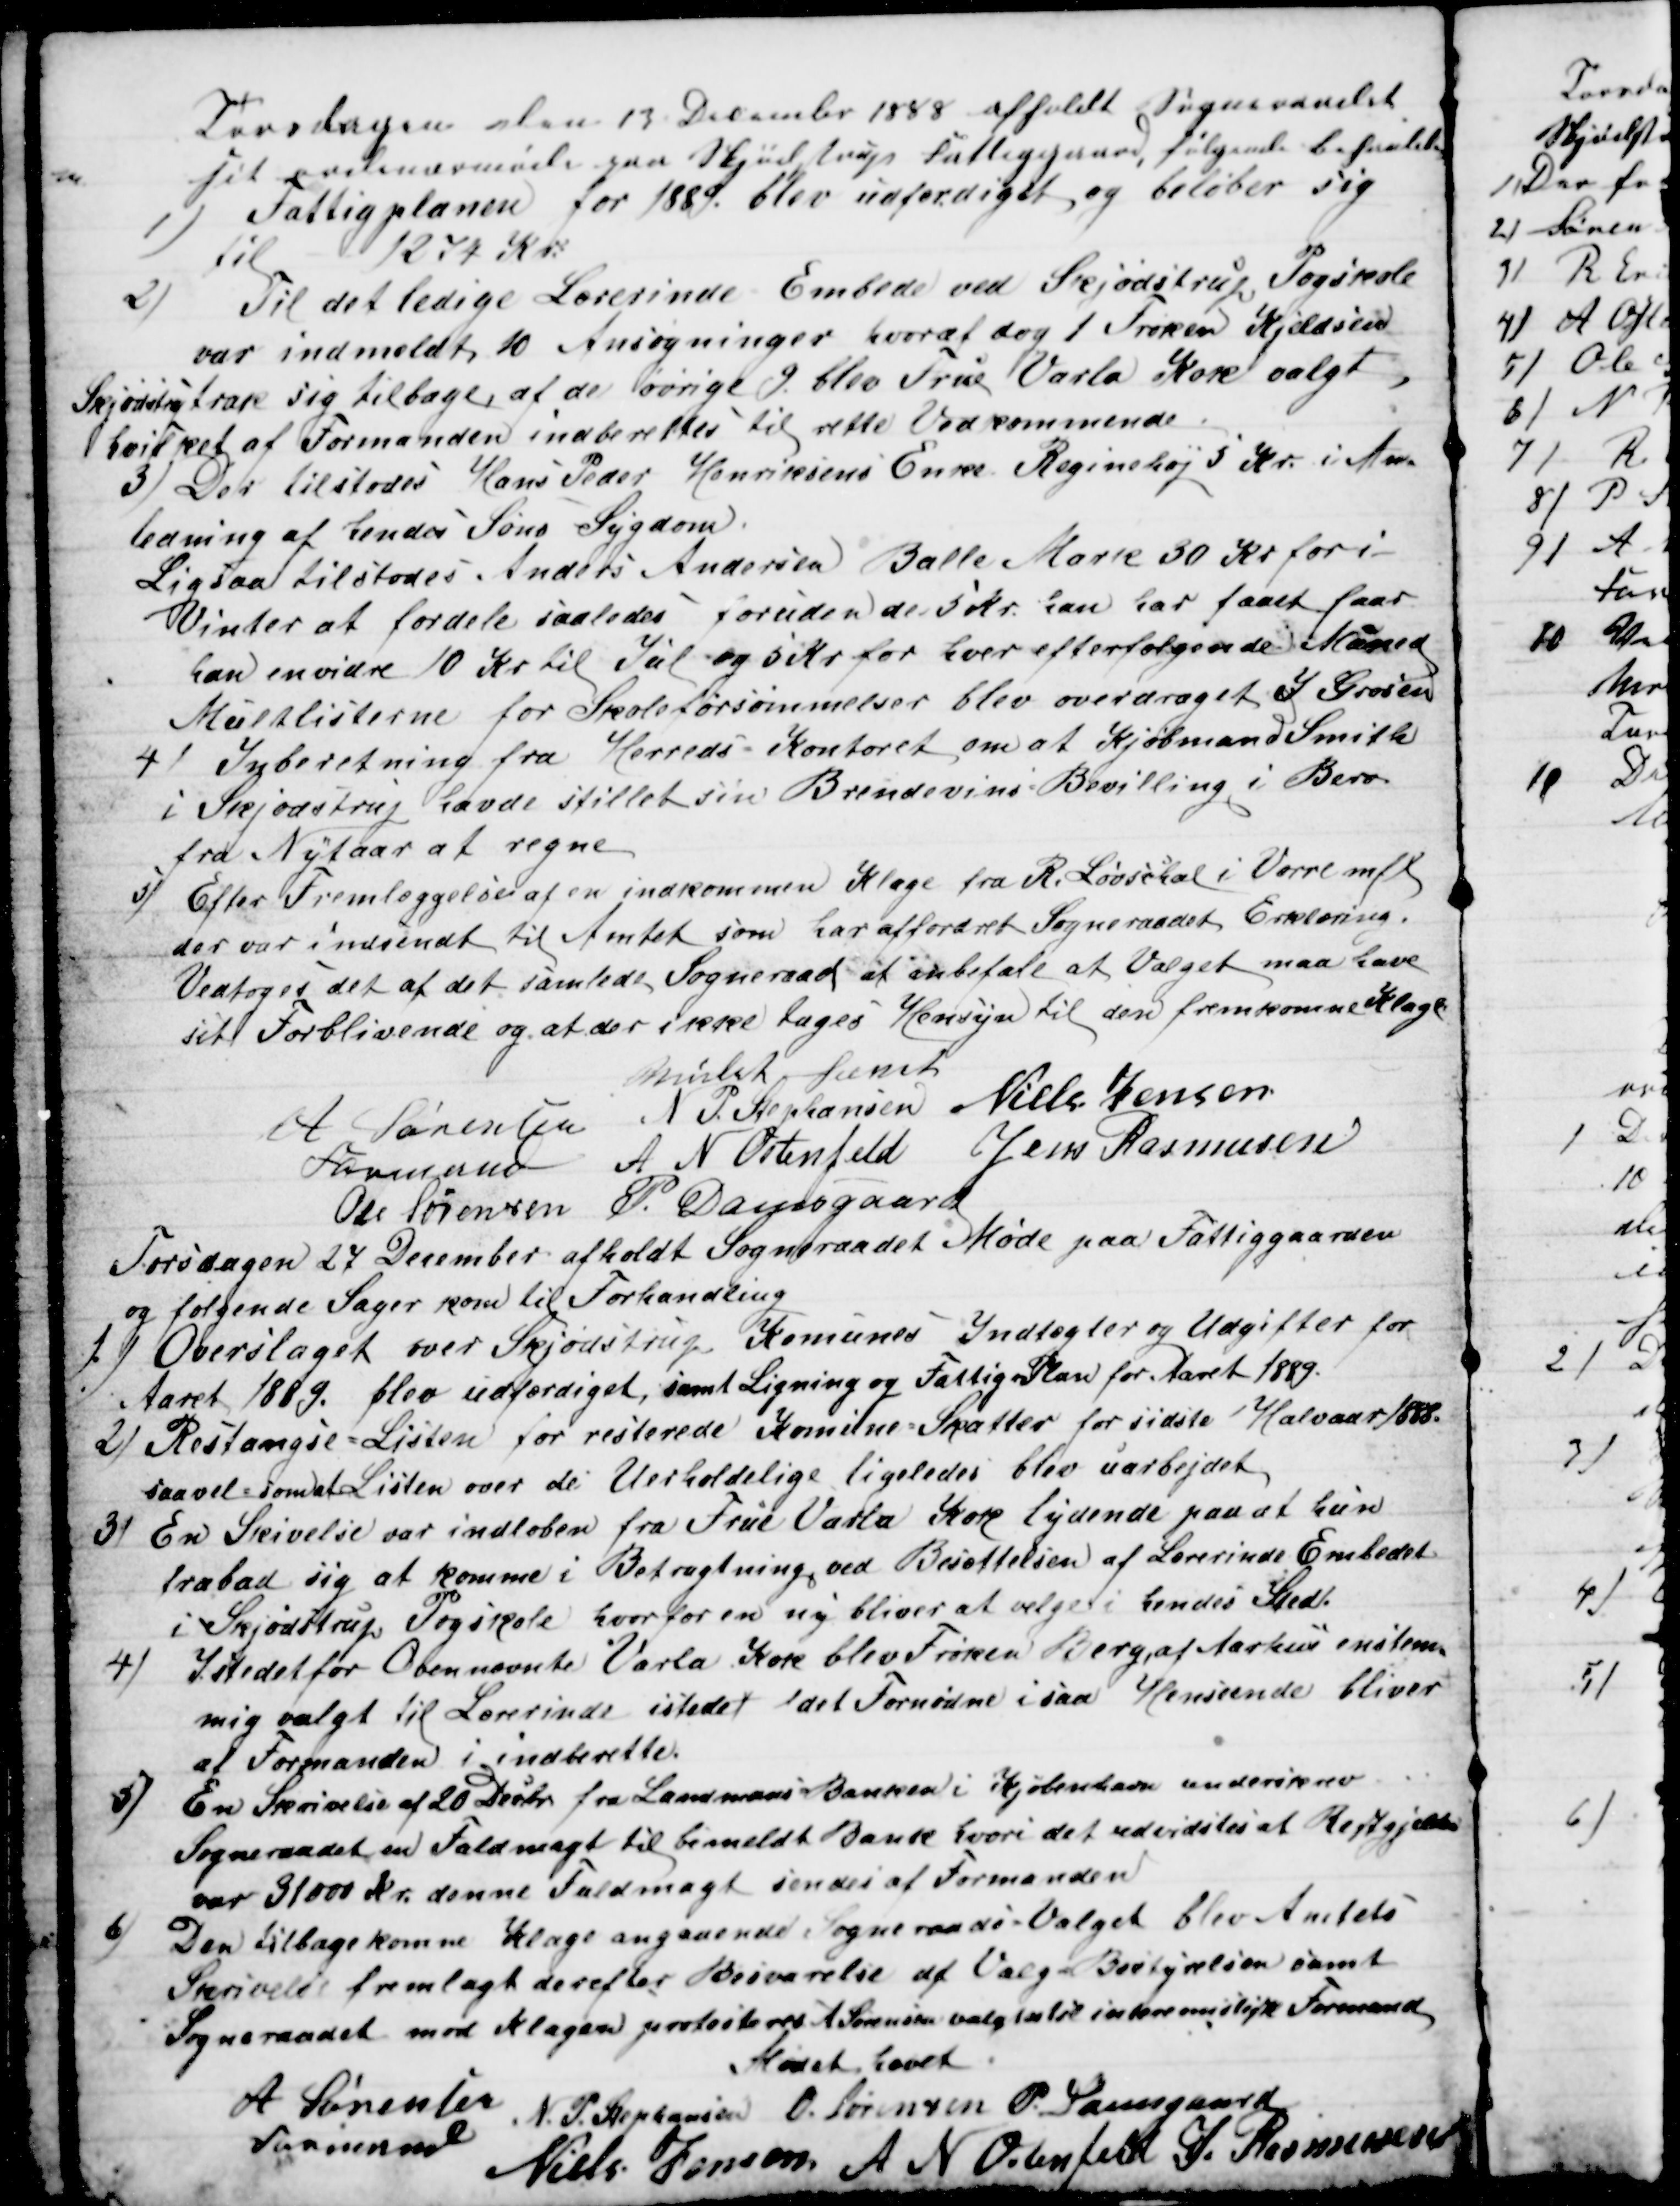
Transskription:
Torsdagen den 13 December 1888 afholdt Sogneraadet
sit ordinærmøde paa Skjødstrup Fattiggaard, følgende behanledes
1)
Fattigplanen for 1889 blev udfærdiget og beløber sig
til 1274 Kr.
2)
Til det ledige Lærerinde Embede ved Skjødstrup, Pogskole
var indmeldt 10 Ansøgninger, hvoraf dog 1 Frøken Kjeldsen
Skjødstrup trak sig tilbage, at de øvrige 9 blev Frue Varla Kore valgt
hvilket af Formanden indberettes til rette Vedkommende.
3) Der tilstodes Hans Peder Henriksens Enke Reginehøj 5 Kr i An-
ledning af hendes Søns Sygdom.
Ligsaa tilstodes Anders Andersen Balle Mark 30 Kr for i
Vinter at fordele saaledes foruden de 5 Kr. han har faaet faar
han envidre 10 Kr til Jul og 5 Kr for hver efterfølgende Måned
Mulklisterne for Skoleforsømmelser blev overdraget J Grosen
4) Inberetning fra Herreds-Kontoret om at Kjøbmand Smith
i Skjødstrup havde stillet sin Brendevins Bevilling i Bero
fra Nytaar at regne
5)
Efter Fremlæggelse af en indkommen Klage fra R. Løvschal i Vorre mfl
der var indsendt til Amtet som har affordret Sogneraadets Erklæring.
Vedtoges det af det samlede Sogneraad at anbefale at Valget maa have
sit Forblivende og at der ikke tages Hensyn til den fremkomne Klage
Mødet hævet
A Sørensen
Formand
N P. Stephansen Niels Jensen
A N Ostenfeld Jens Rasmusen
Ole Sørensen P. Damsgaard
Torsdagen 27 December afholdt Sogneraadet Møde paa Fattiggaarden
og følgende Sager kom til Forhandling
1) Overslaget over Skjødstrup Komunes Indtægter og Udgifter for
Aaret 1889 blev udfærdiget, samt Ligning og Fattig Plan for Aaret 1889.
2) Restangse=Listen for resterede Komune Skatter for sidste Halvaar 1888.
saavel som at Listen over de Uerholdelige ligeledes blev uarbejdet
3)
En Skivelse var indløben fra Frue Varla Kore lydende paa at hun
frabad sig at komme i Betragtning ved Besættelsen af Lærerinde Embedet
i Skjødstrup Pogskole, hvorfor en ny bliver at vælge i hendes Sted.
4)
Istedet for Ovennævnte Varla Kore blev Frøken Berg, af Aarhus enstem-
mig valgt til Lærerinde istedet det Fornødne i saa Henseende bliver
af Formanden i indberette.
5)
En Skrivelse af 20 Decbr fra Landmans-Banken i Kjøbenhavn underskrev
Sogneraadet en Fuldmagt til bemeldt Bank hvori det udvidstes at Restgjælden
var 31000 kr. denne Fuldmagt sendes af Formanden
6
Den tilbagekomne Klage angaaende Sogneraads-Valget blev Amtets
Skrivelse fremlagt derefter Besvarelse af Valg-Bestyrelsen samt
Sogneraadet mod Klagen protesteres A Sørensen valgtes til interemistisk Formand
Mødet hævet
A Sørensen
Formand
N. P. Stephansen O. Sørensen P. Damsgaard
Niels Jensen A N Ostenfeld J. Rasmusen